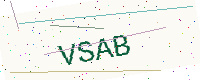
Text: VSAB